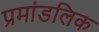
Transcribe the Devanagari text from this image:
प्रमांडलिक